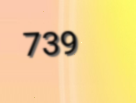
739